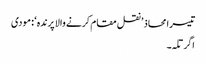
تیسرا محاذ ’ نقل مقام کرنے والا پرندہ ‘ : مودی
اگرتلہ ۔